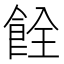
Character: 𫗐